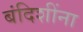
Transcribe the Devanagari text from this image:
बंदिशींना